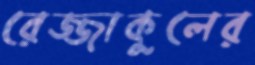
রেজ্জাকুলের